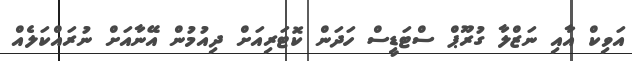
އަވިކް އާއި ނަޒްލާ ގުރޫޕް ސްޓަޑީސް ހަދަން ކޮޓަރިއަށް ދިއުމުން އޭނާއަށް ނުރައްކަލެއް